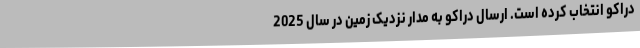
دراکو انتخاب کرده است. ارسال دراکو به مدار نزدیک زمین در سال 2025